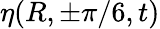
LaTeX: \eta(R,\pm\pi/6,t)